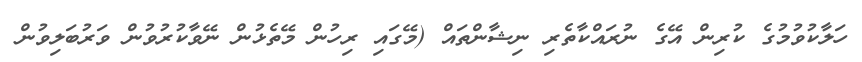
ހަލާކުވުމުގެ ކުރިން އޭގެ ނުރައްކާތެރި ނިޝާންތައް (މޭގައި ރިހުން މޭތެޅުން ނޭވާކުރުވުން ވަރުބަލިވުން